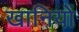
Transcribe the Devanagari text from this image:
खानियों